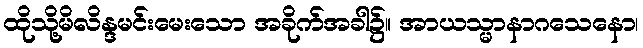
ထိုသို့မိလိန္ဒမင်းမေးသော အခိုက်အခါ၌။ အာယသ္မာနာဂသေနော၊